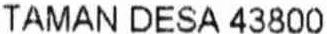
TAMAN DESA 43800